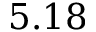
5 . 1 8